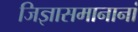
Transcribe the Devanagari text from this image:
जिज्ञासमानानां